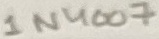
Text: 1N4007